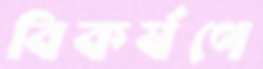
বিকর্ষণে